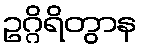
ဥဂ္ဂိရိတွာန